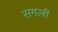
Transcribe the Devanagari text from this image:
सगली